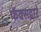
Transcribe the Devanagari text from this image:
फॅक्सद्वारे